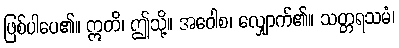
ဖြစ်ပါပေ၏။ ဣတိ၊ ဤသို့။ အဝေါစ၊ လျှောက်၏။ သတ္တရသမံ၊